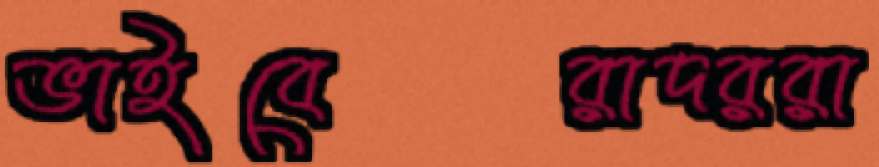
ভাইবেরাদররা